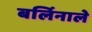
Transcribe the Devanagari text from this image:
बर्लिनाले